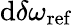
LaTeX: \mathrm{d}\delta\omega_{\mathrm{ref}}